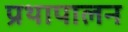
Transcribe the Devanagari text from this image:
प्रथापालन